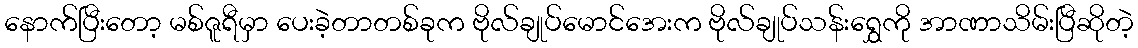
နောက်ပြီးတော့ မစ်ဇူရီမှာ ပေးခဲ့တာတစ်ခုက ဗိုလ်ချုပ်မောင်အေးက ဗိုလ်ချုပ်သန်းရွှေကို အာဏာသိမ်းပြီဆိုတဲ့